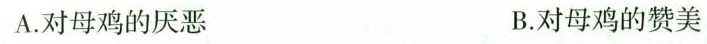
A.对母鸡的厌恶 B.对母鸡的赞美